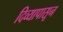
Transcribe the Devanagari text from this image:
दिव्यापासून